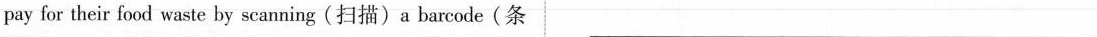
pay for their food waste by scanning(扫描)a barcode(条 ___